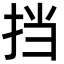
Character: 挡